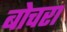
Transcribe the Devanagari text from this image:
बोचरा